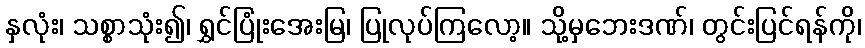
နှလုံး၊ သစ္စာသုံး၍၊ ရွှင်ပြုံးအေးမြ၊ ပြုလုပ်ကြလော့။ သို့မှဘေးဒဏ်၊ တွင်းပြင်ရန်ကို၊